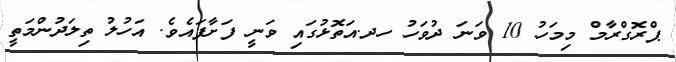
ޕްރޮގްރާމް މިމަހު 10 ވަނަ ދުވަހު ހދ.އަތޮޅުގައި ވަނީ ފަށާފައެވެ. އަހުލު ތިލަދުންމަތީ